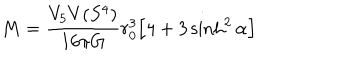
LaTeX: M = \frac { V _ { 5 } V ( S ^ { 4 } ) } { 1 6 \pi G } r _ { 0 } ^ { 3 } \Big [ 4 + 3 \sinh ^ { 2 } \alpha \Big ]